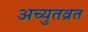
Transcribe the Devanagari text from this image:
अच्युतव्रत